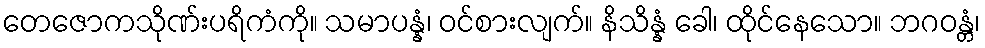
တေဇောကသိုဏ်းပရိကံကို။ သမာပန္နံ၊ ဝင်စားလျက်။ နိသိန္နံ ခေါ၊ ထိုင်နေသော။ ဘဂဝန္တံ၊